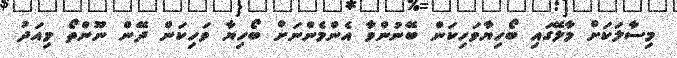
މިސާލަކަށް މާލޭގައި ބޯހިޔާވަހިކަން ބޭނުންވާ އެންމެންނަށް ބޯހިޔާ ވަހިކަން ދޭން ނޫންތޯ މިއަދު